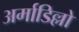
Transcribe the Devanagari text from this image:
अर्माडिल्लो